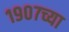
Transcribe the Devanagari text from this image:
१९०७च्या